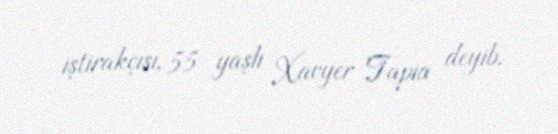
iştirakçısı, 55 yaşlı Xavyer Tapia deyib.